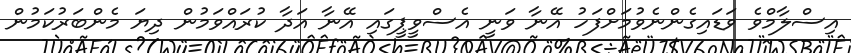
އިސްލާމްވެ ވަޑައިގެންނެވުމަށްފަހު އޭނާ ވަނީ އެސްވީޕީގައި އޭނާ އަދާ ކުރައްވަމުން ދިޔަ މެންބަރުކަމުން